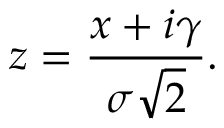
z = { \frac { x + i \gamma } { \sigma { \sqrt { 2 } } } } .